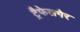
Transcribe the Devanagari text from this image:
ट्रैफेलगेर